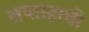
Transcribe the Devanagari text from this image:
सप्ताहाची